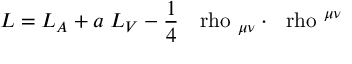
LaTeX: { \cal { L } } = { \cal { L } } _ { A } + a ~ { \cal { L } } _ { V } - \frac { 1 } { 4 } ~ \mathrm { \boldmath ~ \ r h o ~ } _ { \mu \nu } \cdot \mathrm { \boldmath ~ \ r h o ~ } ^ { \mu \nu }